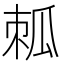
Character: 𤫷